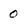
Character: 0